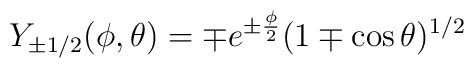
Y_{\pm 1/2}(\phi,\theta)=\mp e^{\pm\frac{\phi}{2}}(1\mp \cos\theta)^{1/2}